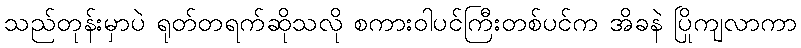
သည်တုန်းမှာပဲ ရုတ်တရက်ဆိုသလို စကားဝါပင်ကြီးတစ်ပင်က အိခနဲ ပြိုကျလာကာ